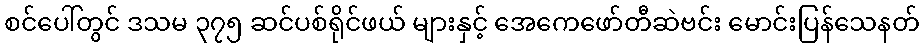
စင်ပေါ်တွင် ဒသမ ၃၇၅ ဆင်ပစ်ရိုင်ဖယ် များနှင့် အေကေဖော်တီဆဲဗင်း မောင်းပြန်သေနတ်